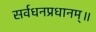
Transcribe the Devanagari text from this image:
सर्वधनप्रधानम्॥